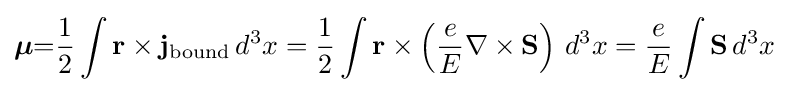
{\boldsymbol {\mu }}{\stackrel {\rm {}}{=}}{\frac {1}{2}}\int {\mathbf {r} }\times {\mathbf {j} }_{\rm {bound}}\,d^{3}x={\frac {1}{2}}\int {\mathbf {r} }\times \left({\frac {e}{E}}\nabla \times {\mathbf {S} }\right)\,d^{3}x={\frac {e}{E}}\int {\mathbf {S} }\,d^{3}x~